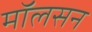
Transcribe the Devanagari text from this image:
मॉलसन